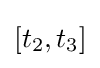
[t_{2},t_{3}]